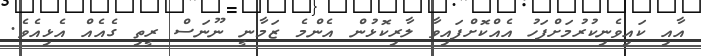
އާއި ކައިވެނިކުރުމަށްފަހު އެއްކޮށްފައިވާ ލާރިކޮޅުން އެންމެ ޒަމާނީ ނޫނަސް ރީތި ގެއެއް އެޅިއެވެ.